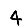
Digit: 4